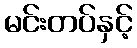
မင်းတပ်နှင့်